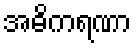
အဓိကရဏာ